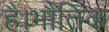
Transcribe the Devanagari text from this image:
है।भौतिक